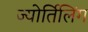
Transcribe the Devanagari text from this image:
ज्योर्तिलिंग